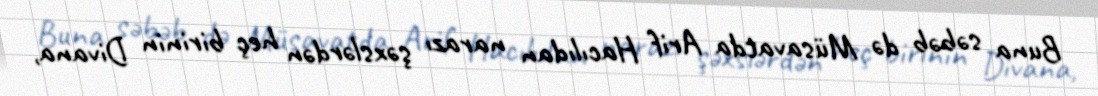
Buna səbəb də Müsavatda Arif Hacılıdan narazı şəxslərdən heç birinin Divana,